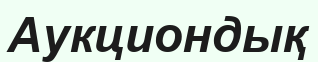
Аукциондық